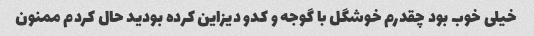
خیلی خوب بود چقدرم خوشگل با گوجه و کدو دیزاین کرده بودید حال کردم ممنون